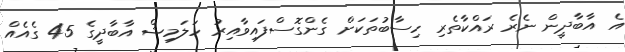
އެ އާބާދީން ނެރެ ރައްކާތެރި ހިސާބުތަކަށް ގެންގޮސްފައިވާއިރު ހަލަމިޝް އާބާދީގެ 45 ގެއެއް